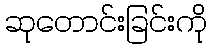
ဆုတောင်းခြင်းကို